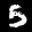
Label: 5